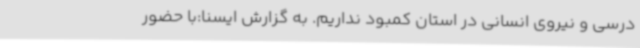
درسی و نیروی انسانی در استان کمبود نداریم. به گزارش ایسنا:با حضور